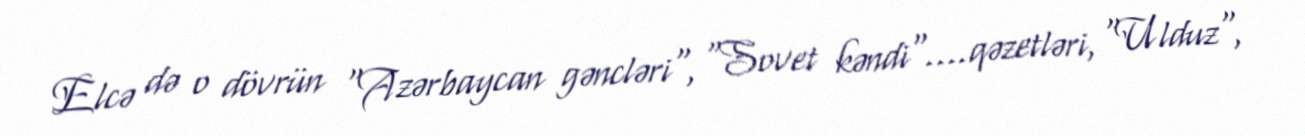
Elcə də o dövrün "Azərbaycan gəncləri", "Sovet kəndi"….qəzetləri, "Ulduz",